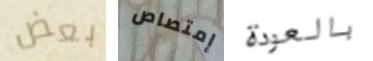
بعض إمتصاص بالعودة